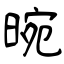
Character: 晼